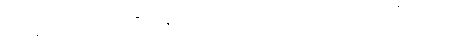
တိုင်ဖွန်း တိုက်လေယာဉ် စီမံကိန်းကို ယူကေအစိုးရက ပေါင်စတာလင် ၁၂ ဘီလျံ ထည့်ဝင်